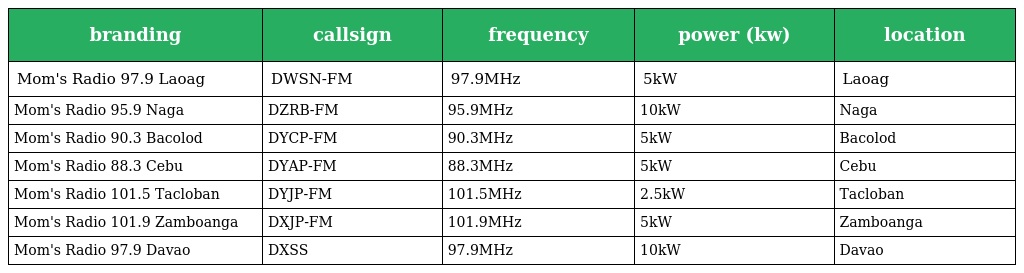
| branding | callsign | frequency | power (kw) | location |
 | --- | --- | --- | --- | --- |
 | Mom's Radio 97.9 Laoag | DWSN-FM | 97.9MHz | 5kW | Laoag |
 | Mom's Radio 95.9 Naga | DZRB-FM | 95.9MHz | 10kW | Naga |
 | Mom's Radio 90.3 Bacolod | DYCP-FM | 90.3MHz | 5kW | Bacolod |
 | Mom's Radio 88.3 Cebu | DYAP-FM | 88.3MHz | 5kW | Cebu |
 | Mom's Radio 101.5 Tacloban | DYJP-FM | 101.5MHz | 2.5kW | Tacloban |
 | Mom's Radio 101.9 Zamboanga | DXJP-FM | 101.9MHz | 5kW | Zamboanga |
 | Mom's Radio 97.9 Davao | DXSS | 97.9MHz | 10kW | Davao |